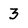
Character: 3